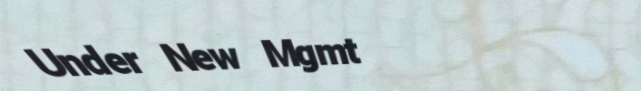
Under New Mgmt